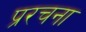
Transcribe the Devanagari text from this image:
प्ररचना